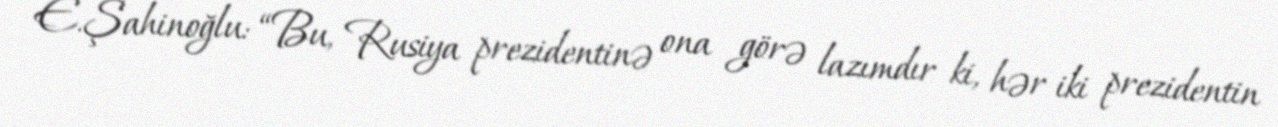
E.Şahinoğlu: “Bu, Rusiya prezidentinə ona görə lazımdır ki, hər iki prezidentin